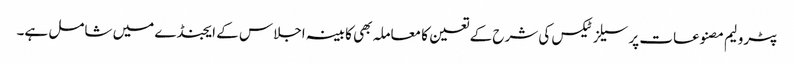
پٹرولیم مصنوعات پر سیلز ٹیکس کی شرح کے تعین کا معاملہ بھی کابینہ اجلاس کے ایجنڈے میں شامل ہے۔